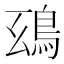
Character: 𩿒